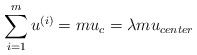
\begin{align*}\sum\limits_{i=1}^mu^{(i)}=mu_c=\lambda mu_{center} \end{align*}